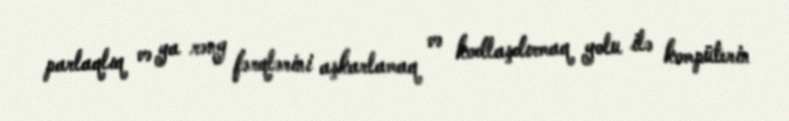
parlaqlıq və ya rəng fərqlərini aşkarlamaq və kodlaşdırmaq yolu ilə kompüterin